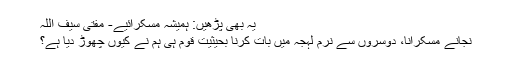
یہ بھی پڑھیں: ہمیشہ مُسکرائیے- مفتی سیف اللہ
نجانے مسکرانا، دوسروں سے نرم لہجہ میں بات کرنا بحیثیت قوم ہی ہم نے کیوں چھوڑ دیا ہے؟